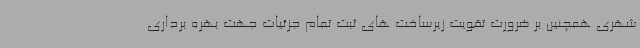
شهری همچنین بر ضرورت تقویت زیرساخت های ثبت تمام جزئیات جهت بهره برداری